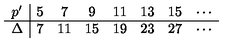
\begin{array} { c | c c c c c c c c } { p ^ { \prime } } & { 5 } & { 7 } & { 9 } & { 1 1 } & { 1 3 } & { 1 5 } & { \cdots } \\ \hline { \Delta } & { 7 } & { 1 1 } & { 1 5 } & { 1 9 } & { 2 3 } & { 2 7 } & { \cdots } \\ \end{array}